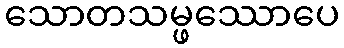
သောတသမ္ဖဿောပေ